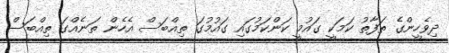
ދިވެހީންގެ ތަފާތު ކަމަކީ ގައުމީ ކަންކަމުގައި ގައުމުގަ ތިއްބަސް އެހެން ތަނެއްގަ ތިއްބަސް